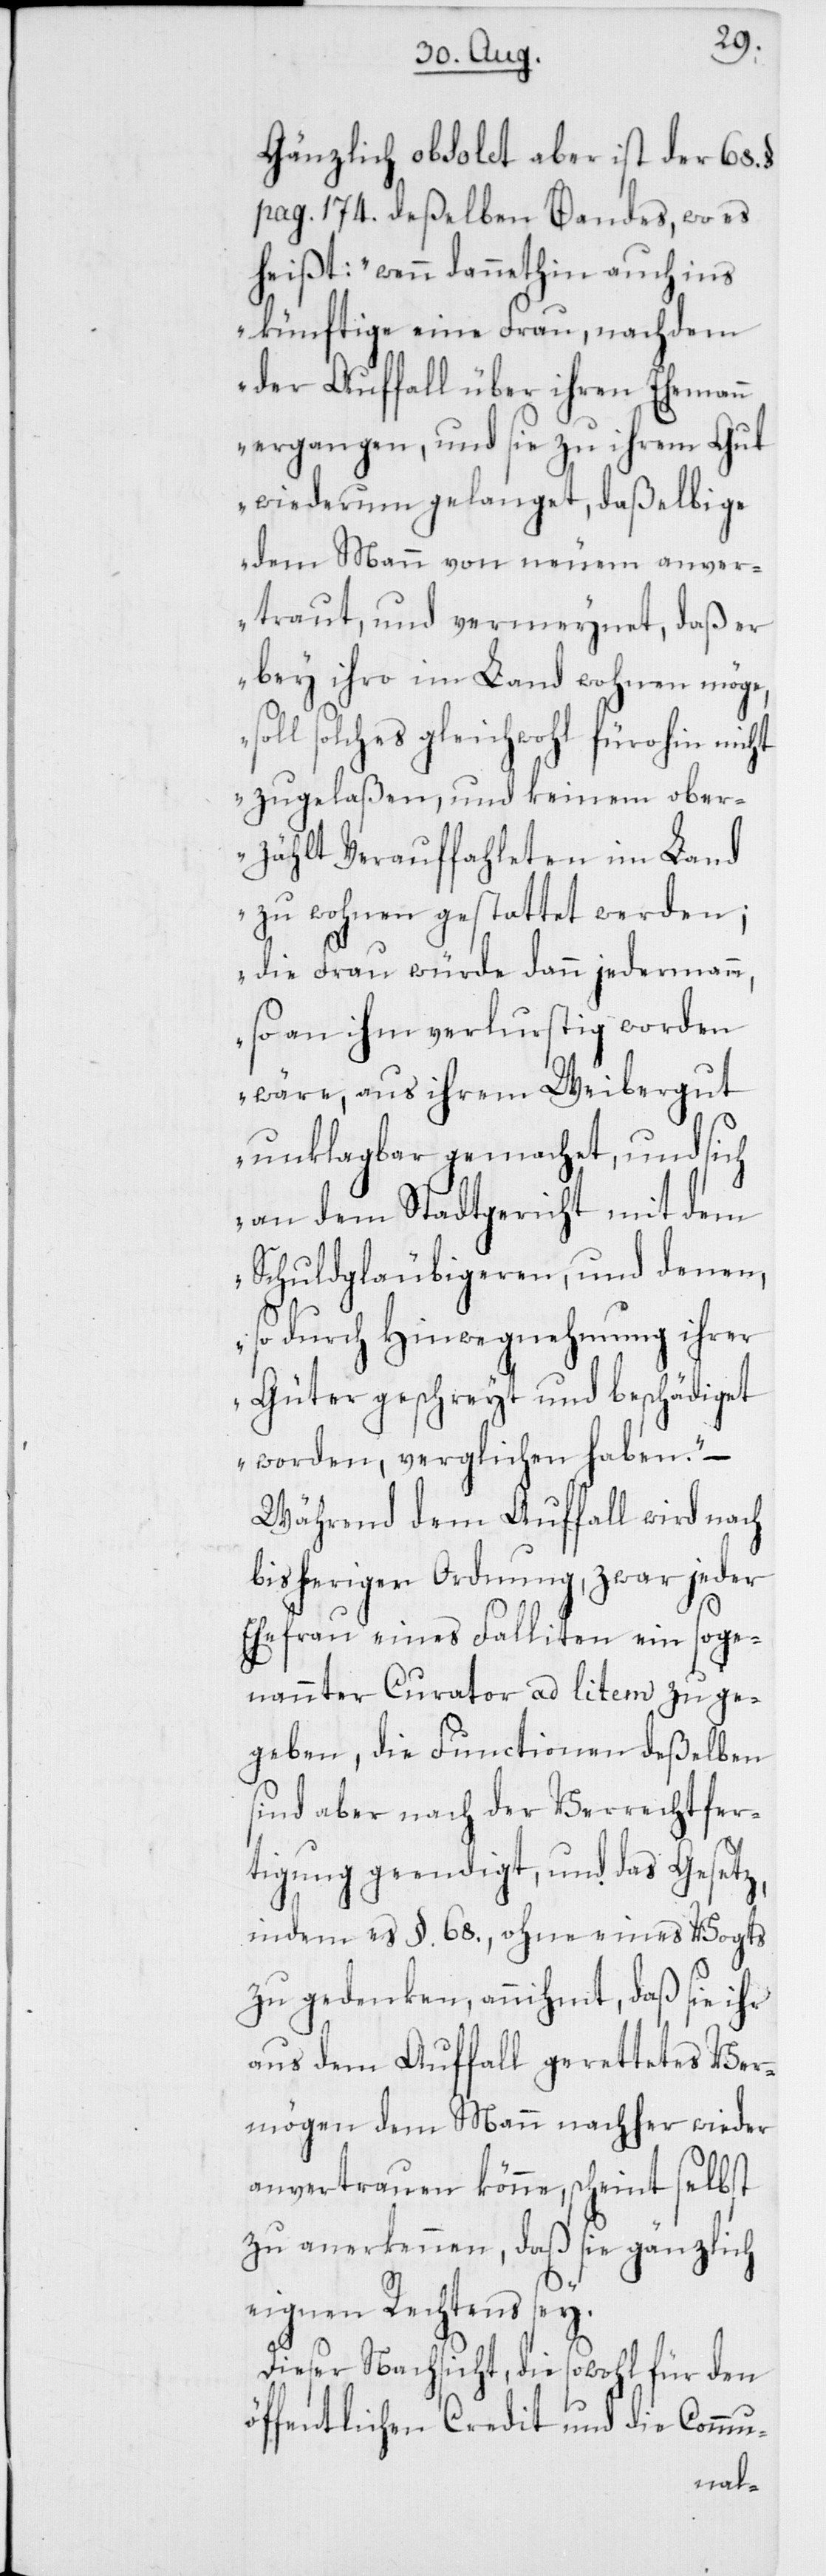
Gänzlich obsolet aber ist der 68.
pag. 174. deßelben Bandes, wo es
heißt: „wenn dannethin auch ins
künftige eine Frau, nachdem
der Auffall über ihren Ehemann
ergangen, und sie zu ihrem Gut
wiederum gelanget, daßelbige
dem Mann von Neuem anver¬
traut, und vermeynet, daß er
bey ihro im Land wohnen möge,
soll solches gleichwohl fürohin nicht
zugelaßen, und keinem ober¬
zählt Verauffahleten im Land
zu wohnen gestattet werden;
die Frau würde dann jedermann,
so an ihm verlurstig worden
wäre, aus ihrem Weibergut
unklagbar gemachet, und sich
an dem Stadtgericht mit dem
Schuldgläubigeren, und denen,
so durch Hinwegnehmung ihrer
Güter geschreyt und beschädiget
worden, verglichen haben“. –
Während dem Auffall wird nach
bisheriger Ordnung, zwar jeder
Ehefrau eines Falliten ein soge¬
nannter Curathor ad litem zuge¬
geben, die Functionen deßelben
sind aber nach der Verrechtfer¬
tigung geendigt, und das Gesetz,
indem es§. 68., ohne eines Vogts
zu gedenken, annihmt, daß sie ihr
aus dem Auffall gerettetes Ver¬
mögen dem Mann nachher wieder
anvertrauen könne, scheint selbst
zu anerkennen, daß sie gänzlich
eignen Rechtens sey.
Dieser Nachsicht, die sowohl für den
öffentlichen Credit und die Commu-